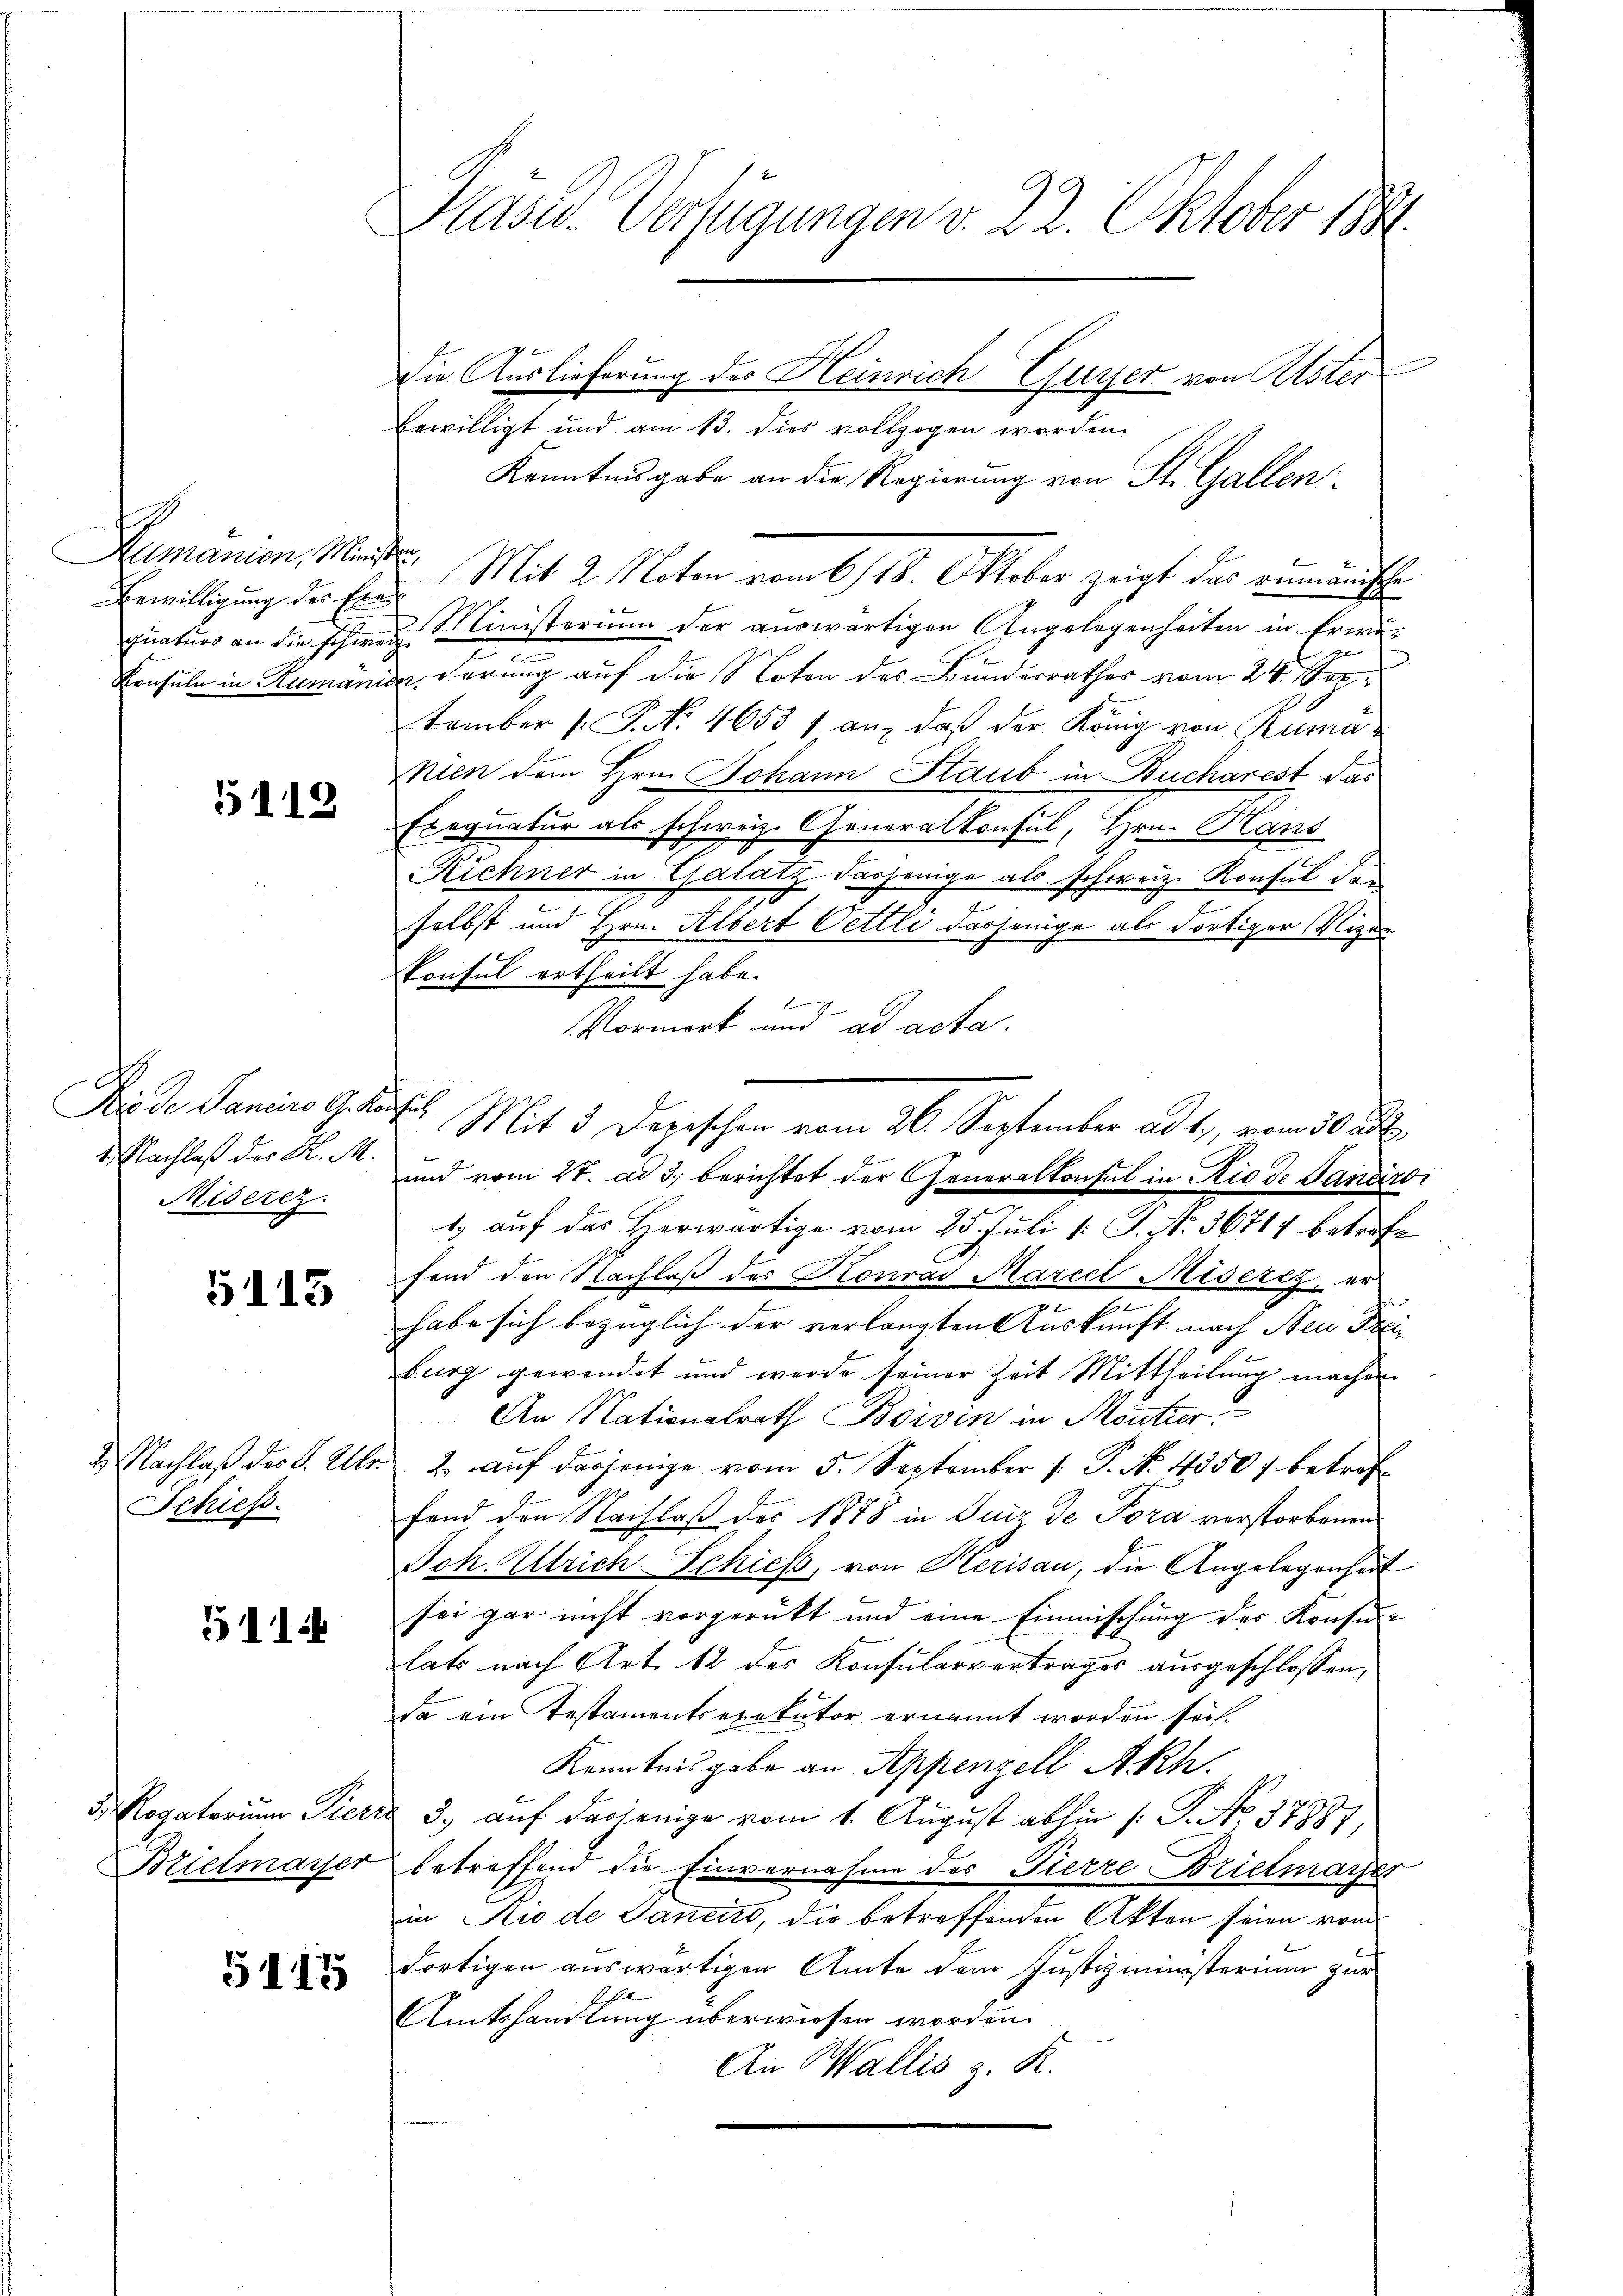
Dermanion, Meiste
Bewilligung des Ere
quaturs an die schweiz.

5112

Frede Janeiro G. Kauf
1.) Nachlaß des H. M.
Miserez.

5113

Schiess.

511

Bzielmayer

5115

bewilligt und am 13. dies vollzogen worden.
Kenntnisgabe an die Regierung von St. Gallen.
Mit 2. Noten vom 6/18. Oktober zeigt das rumänische
Ministerium der aŭswärtigen Angelegenheiten in Erwi-
Konsuln in Rumänider, derung auf die Noten des Bundesrathes vom 24. September 1. P. N. 4653 f an, daß der König von Kumanien dem Hrn. Johann Staub in Bucharest das
Exequatur als schweiz. Generalkonsul, Hrn. Hans
Richner in Galatz dasjenige als schweiz. Konsul des
selbst und Hrn. Albert Oettli dasjenige als dortiger Wegen
konsul ertheilt habe.
A
Vormerk und ad acta.
Mit 3 Depeschen vom 26. September ad 1., vom 30 ad
und vom 27. ad 3. berichtet der Generalkonsul in Rio de Pandiroi
1. auf das Herwärtige vom 25. Juli [: P. Nr. 36714 betreffond den Nachlaβ der Konrad Marcel Miserit, er
7
habe sich bezüglich der verlangten Auskunft nach Neu Frei
burg gewendet und werde seiner Zeit Mittheilung machen
An Nationalrath Boivin in Moutier
2. Nachlaβ der B. Ulr. 2. aŭf dasjenige vom 5. September 1. P. No. 1350 betref
fand den Nachlaß des 1878 in Junz de Tora verstorbenen
Joh. Ulrich-Schiess, von Herisau, die Angelegenheit
sei gar nicht vorgerückt und eine Einmischung des Konsu-
lats nach Art. 12 des Konsularvertrages ausgeschlossen,
da ein Testamentsexekutor ernannt worden sei.
Kenntnisgabe an Appenzell Akh.
d Rogatorium Pierre 3. auf dasjenige vom 1. August abhin /: P. No. 37887,
betreffend die Einvernahme des Pierre Brielmayer
in Rio de Sancito, die betreffenden Akten seien vom
dortigen auswärtigen Amte dem Justizministerium zur
Amtshandlung überwiesen worden.
An Wallis z. R.

Präses Verfügungen v. 22. Oktober 1890.

Die Auslieferung des Heinrich Guyer von Uster